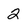
Character: 2